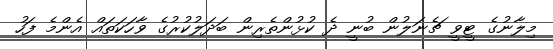
މިލާނުގެ ޓީވީ ޗެނަލުން ބުނީ ދެ ކުޅުންތެރިން ބަދަލުކުރުގެ ވާހަކަތައް އެންމެ ފަހު